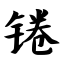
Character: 锩